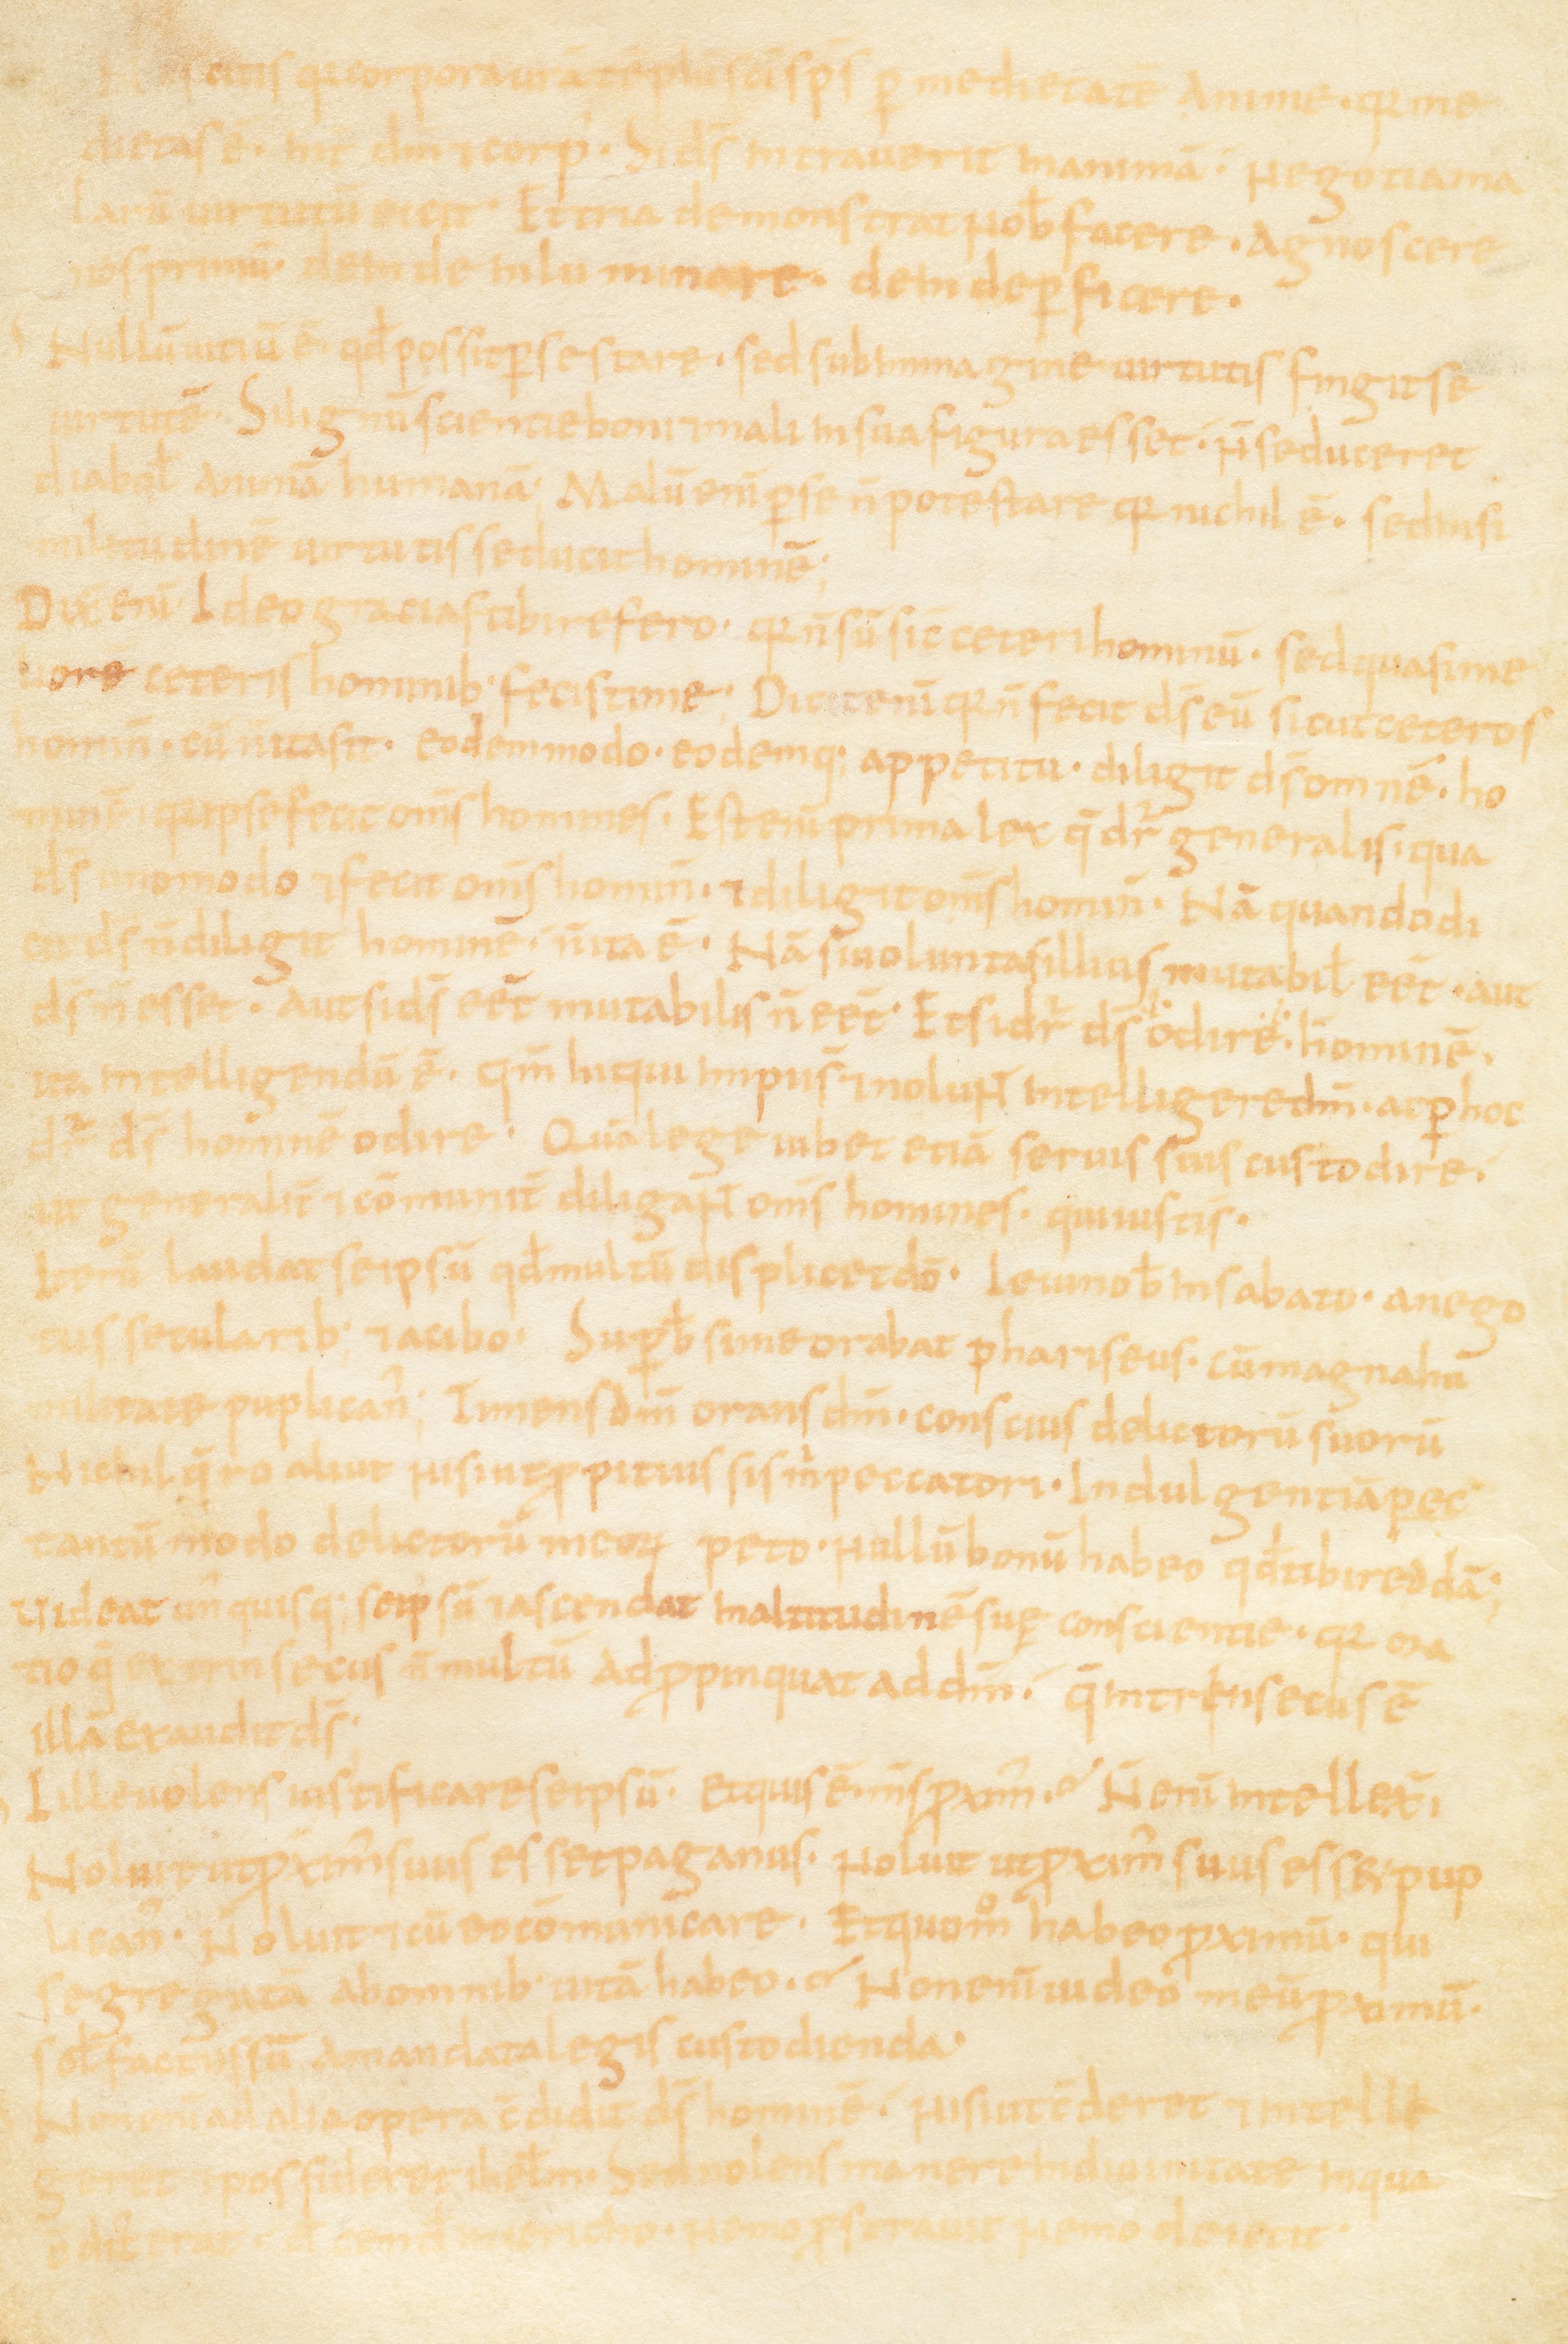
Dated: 867–949